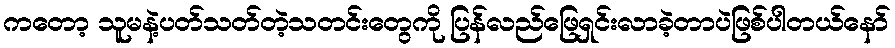
ကတော့ သူမနဲ့ပတ်သတ်တဲ့သတင်းတွေကို ပြန်လည်ဖြေရှင်းလာခဲ့တာပဲဖြစ်ပါတယ်နော်